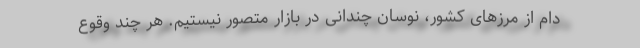
دام از مرزهای کشور، نوسان چندانی در بازار متصور نیستیم. هر چند وقوع